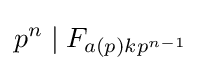
p^{n}\mid F_{a(p)kp^{n-1}}